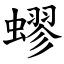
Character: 蟉